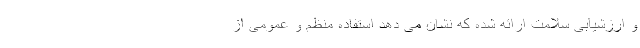
و ارزشیابی سلامت ارائه شده که نشان می دهد استفاده منظم و عمومی از